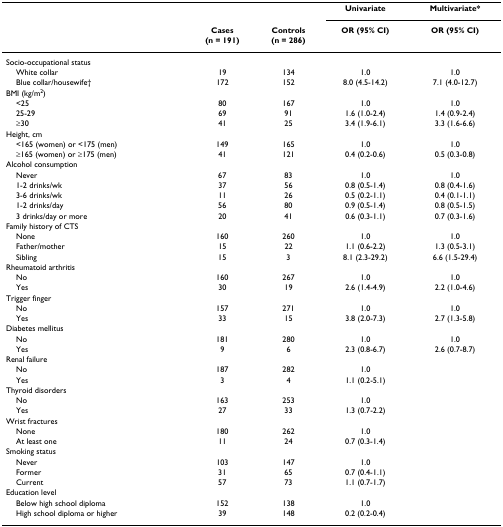
<table><thead><tr><td></td><td></td><td></td><td><b>Univariate</b></td><td><b>Multivariate*</b></td></tr><tr><td></td><td><b>Cases(n = 191)</b></td><td><b>Controls(n = 286)</b></td><td><b>OR (95% CI)</b></td><td><b>OR (95% CI)</b></td></tr></thead><tbody><tr><td>Socio-occupational status</td><td></td><td></td><td></td><td></td></tr><tr><td> White collar</td><td>19</td><td>134</td><td>1.0</td><td>1.0</td></tr><tr><td> Blue collar/housewife†</td><td>172</td><td>152</td><td>8.0 (4.5-14.2)</td><td>7.1 (4.0-12.7)</td></tr><tr><td>BMI (kg/m<sup>2</sup>)</td><td></td><td></td><td></td><td></td></tr><tr><td> &lt;25</td><td>80</td><td>167</td><td>1.0</td><td>1.0</td></tr><tr><td> 25-29</td><td>69</td><td>91</td><td>1.6 (1.0-2.4)</td><td>1.4 (0.9-2.4)</td></tr><tr><td> ≥30</td><td>41</td><td>25</td><td>3.4 (1.9-6.1)</td><td>3.3 (1.6-6.6)</td></tr><tr><td>Height, cm</td><td></td><td></td><td></td><td></td></tr><tr><td> &lt;165 (women) or &lt;175 (men)</td><td>149</td><td>165</td><td>1.0</td><td>1.0</td></tr><tr><td> ≥165 (women) or ≥175 (men)</td><td>41</td><td>121</td><td>0.4 (0.2-0.6)</td><td>0.5 (0.3-0.8)</td></tr><tr><td>Alcohol consumption</td><td></td><td></td><td></td><td></td></tr><tr><td> Never</td><td>67</td><td>83</td><td>1.0</td><td>1.0</td></tr><tr><td> 1-2 drinks/wk</td><td>37</td><td>56</td><td>0.8 (0.5-1.4)</td><td>0.8 (0.4-1.6)</td></tr><tr><td> 3-6 drinks/wk</td><td>11</td><td>26</td><td>0.5 (0.2-1.1)</td><td>0.4 (0.1-1.1)</td></tr><tr><td> 1-2 drinks/day</td><td>56</td><td>80</td><td>0.9 (0.5-1.4)</td><td>0.8 (0.5-1.5)</td></tr><tr><td> 3 drinks/day or more</td><td>20</td><td>41</td><td>0.6 (0.3-1.1)</td><td>0.7 (0.3-1.6)</td></tr><tr><td>Family history of CTS</td><td></td><td></td><td></td><td></td></tr><tr><td> None</td><td>160</td><td>260</td><td>1.0</td><td>1.0</td></tr><tr><td> Father/mother</td><td>15</td><td>22</td><td>1.1 (0.6-2.2)</td><td>1.3 (0.5-3.1)</td></tr><tr><td> Sibling</td><td>15</td><td>3</td><td>8.1 (2.3-29.2)</td><td>6.6 (1.5-29.4)</td></tr><tr><td>Rheumatoid arthritis</td><td></td><td></td><td></td><td></td></tr><tr><td> No</td><td>160</td><td>267</td><td>1.0</td><td>1.0</td></tr><tr><td> Yes</td><td>30</td><td>19</td><td>2.6 (1.4-4.9)</td><td>2.2 (1.0-4.6)</td></tr><tr><td>Trigger finger</td><td></td><td></td><td></td><td></td></tr><tr><td> No</td><td>157</td><td>271</td><td>1.0</td><td>1.0</td></tr><tr><td> Yes</td><td>33</td><td>15</td><td>3.8 (2.0-7.3)</td><td>2.7 (1.3-5.8)</td></tr><tr><td>Diabetes mellitus</td><td></td><td></td><td></td><td></td></tr><tr><td> No</td><td>181</td><td>280</td><td>1.0</td><td>1.0</td></tr><tr><td> Yes</td><td>9</td><td>6</td><td>2.3 (0.8-6.7)</td><td>2.6 (0.7-8.7)</td></tr><tr><td>Renal failure</td><td></td><td></td><td></td><td></td></tr><tr><td> No</td><td>187</td><td>282</td><td>1.0</td><td></td></tr><tr><td> Yes</td><td>3</td><td>4</td><td>1.1 (0.2-5.1)</td><td></td></tr><tr><td>Thyroid disorders</td><td></td><td></td><td></td><td></td></tr><tr><td> No</td><td>163</td><td>253</td><td>1.0</td><td></td></tr><tr><td> Yes</td><td>27</td><td>33</td><td>1.3 (0.7-2.2)</td><td></td></tr><tr><td>Wrist fractures</td><td></td><td></td><td></td><td></td></tr><tr><td> None</td><td>180</td><td>262</td><td>1.0</td><td></td></tr><tr><td> At least one</td><td>11</td><td>24</td><td>0.7 (0.3-1.4)</td><td></td></tr><tr><td>Smoking status</td><td></td><td></td><td></td><td></td></tr><tr><td> Never</td><td>103</td><td>147</td><td>1.0</td><td></td></tr><tr><td> Former</td><td>31</td><td>65</td><td>0.7 (0.4-1.1)</td><td></td></tr><tr><td> Current</td><td>57</td><td>73</td><td>1.1 (0.7-1.7)</td><td></td></tr><tr><td>Education level</td><td></td><td></td><td></td><td></td></tr><tr><td> Below high school diploma</td><td>152</td><td>138</td><td>1.0</td><td></td></tr><tr><td> High school diploma or higher</td><td>39</td><td>148</td><td>0.2 (0.2-0.4)</td><td></td></tr></tbody></table>